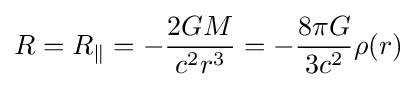
R=R_{\|}=-{2GM \over {c^{2}r^{3}}}=-{8\pi G \over {3c^{2}}}\rho (r)